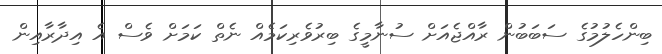
ބިންހެލުމުގެ ސަބަބުން ރާއްޖެއަށް ސުނާމީގެ ބިރުވެރިކަމެއް ނެތް ކަމަށް ވެސް އެ އިދާރާއިން